Code of medical and sanitary regulations for the guidance of medical officers serving in the Madras Presidency - Volume I
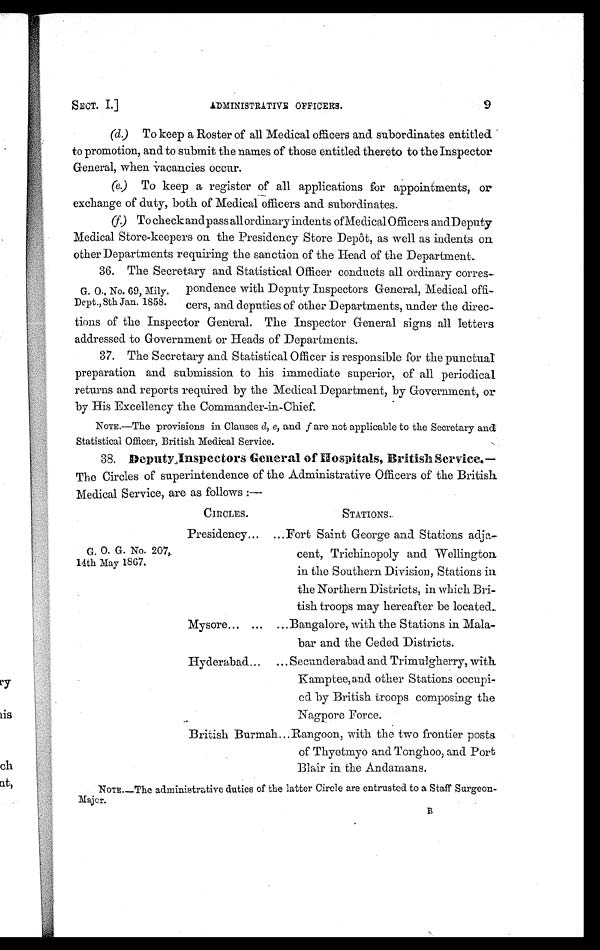
9
ADMINISTRATIVE OFFICERS.
SECT. I.]
(d)
To keep a Roster of all Medical officers and subordinates entitled
to promotion, and to submit the names of those entitled thereto to the Inspector
General, when vacancies occur.
(e) To keep a register of all applications for appointments, or
exchange of duty, both of Medical officers and subordinates.
(f) To check and pass all ordinary indents of- Medical Officers and. Deputy
Medical Store-keepers on the Presidency Store Depôt, as well as indents on.
other Departments requiring the sanction of the Head of the Department..
36. The Secretary and Statistical Officer conducts all ordinary corres-
G. 0., No. 69,Mily. pondence with Deputy Inspectors General, Medical of
fi-Dept., 8th Jan. 1858. cers, and deputies of other Departments, under the direc-
tions of the Inspector General. The Inspector General signs all letters
addressed to Government or Heads of Departments.
37. The Secretary and Statistical Officer is responsible for the punctual
preparation and submission to his immediate superior, of all periodical
returns and reports required by the Medical Department, by Government, or
by His Excellency the Commander-in-Chief.
NOTE.—The provisions in Clauses d, e, and f are not applicable to the Secretary and
Statistical Officer, British Medical Service.
38. DeputyInspectors General of Hospitals, British
S e r v i c e . – T h e C i r c l e s o f s u p e r i n t e n d e n c e o f t h e A d m i n i s t r a t i v e O f f i c e r s o f t h e B r i t i s h
Medical Service, are as follows :—
G. 0. G. No. 207,.
14th May 1867.
CIRCLES.
STATIONS.
Presidency......Fort Saint George and Stations adja-
cent, Trichinopoly and Wellington
in the Southern Division, Stations in.
the Northern Districts, in which Bri-
tish troops may hereafter be located..
Mysore... ... ...Bangalore, with the Stations in Mala-
bar and the Ceded Districts.
Hyderabad... ... Secunderabad and Trimulgherry, with.
Kamptee, and other Stations occupi-
ed by British troops composing the
Nagpore Force.
British Burmah...Rangoon, with the two frontier posts
of Thyetmyo and Tonghoo, and Port
Blair in the Andamans.
NOTE.—The administrative duties of the latter Circle are entrusted to a Staff Surgeon-
Major. B